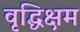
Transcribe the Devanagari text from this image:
वृद्धिक्षम